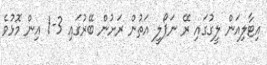
އިޓާލިއަން ލީގުގައި ރޭ ނަޕޯލީ އަތުން ރަށުން ބޭރުގައި 3-1 އިން މޮޅުވެ